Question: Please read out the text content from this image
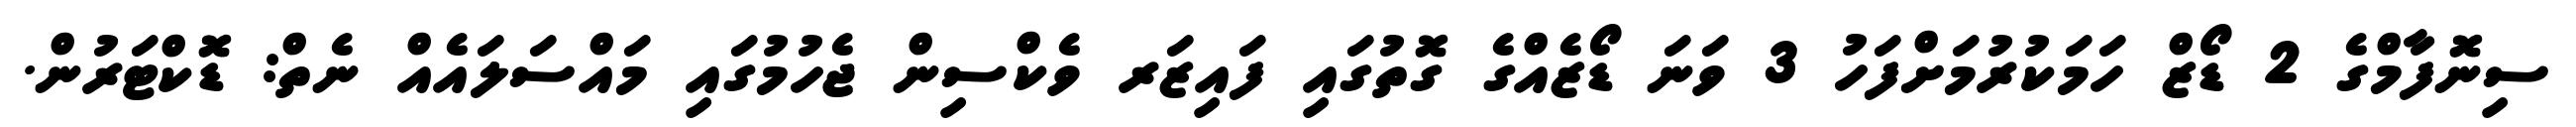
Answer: ސިނޮފާމްގެ 2 ޑޯޒް ހަމަކުރުމަށްފަހު 3 ވަނަ ޑޯޒެއްގެ ގޮތުގައި ފައިޒަރ ވެކްސިން ޖެހުމުގައި މައްސަލައެއް ނެތް: ޑޮކްޓަރުން.